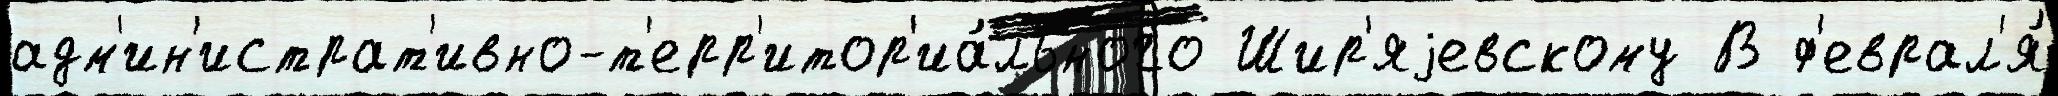
адм'ин'истрат'ивно-т'ерр'итор'иа́льного Шир'яjевскому В ф'еврал'я́